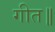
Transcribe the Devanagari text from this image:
गीत॥